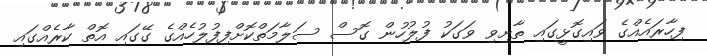
ފިހާރައެއްގެ ވައިގޮޅީގައި ތާށިވި ވަގަކު ފުލުހުން ގޮސް ސަލާމަތްކޮށްފިފުލުހެއްގެ ގޭގައި އޮތް ކާރެއްގައި